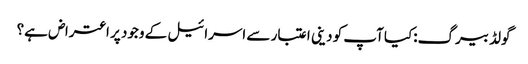
گولڈ بیرگ:کیا آپ کو دینی اعتبار سے اسرائیل کے وجود پر اعتراض ہے؟